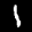
Label: 1